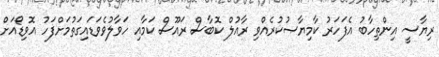
ރިޔާސީ އިންތިހާބު އެފަހަރު ކާމިޔާޞުކުރެއްވި ރާއުލް ކޮބާސް ރައޫސް ކަމާއި ހަވާލުވެވަޑައިގަތުމަށްފަހު އޮވިޑޯއަށް